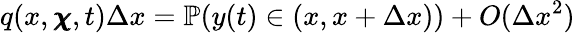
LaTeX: q(x,\pmb{\chi},t)\Delta x=\mathbb{P}(y(t)\in(x,x+\Delta x))+O(\Delta x^{2})